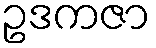
ဥဒကဇာ